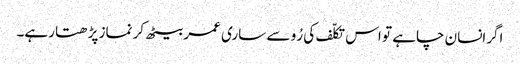
اگرانسان چاہے تو اس تکلّف کی رُو سے ساری عمر بیٹھ کر نماز پڑھتا رہے۔